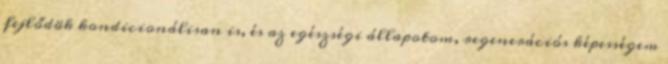
fejlődök kondicionálisan is, és az egészségi állapotom, regenerációs képességem